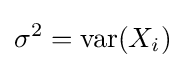
\sigma ^{2}=\operatorname {var} (X_{i})